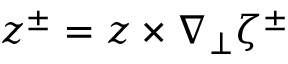
\boldsymbol { z } ^ { \pm } = \boldsymbol { z } \times \nabla _ { \perp } \zeta ^ { \pm }